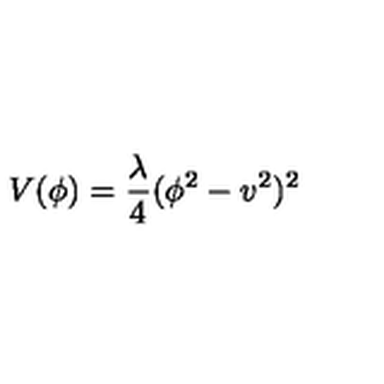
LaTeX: V ( \phi ) = { \frac { \lambda } { 4 } } ( \phi ^ { 2 } - v ^ { 2 } ) ^ { 2 }